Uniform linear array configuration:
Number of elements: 16
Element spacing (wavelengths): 1
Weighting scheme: uniform
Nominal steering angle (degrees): -45
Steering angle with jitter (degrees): -45.296
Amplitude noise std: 0.05
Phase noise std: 0.05

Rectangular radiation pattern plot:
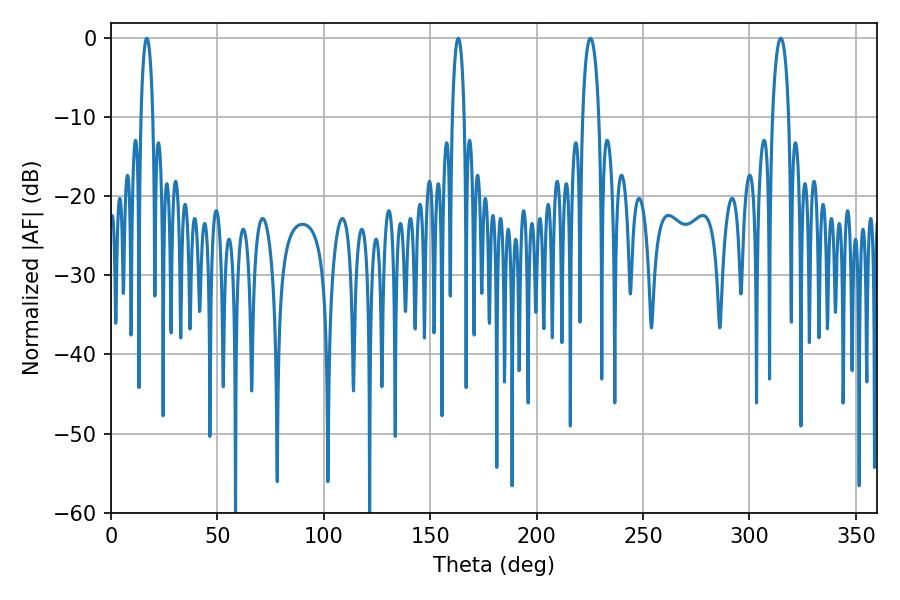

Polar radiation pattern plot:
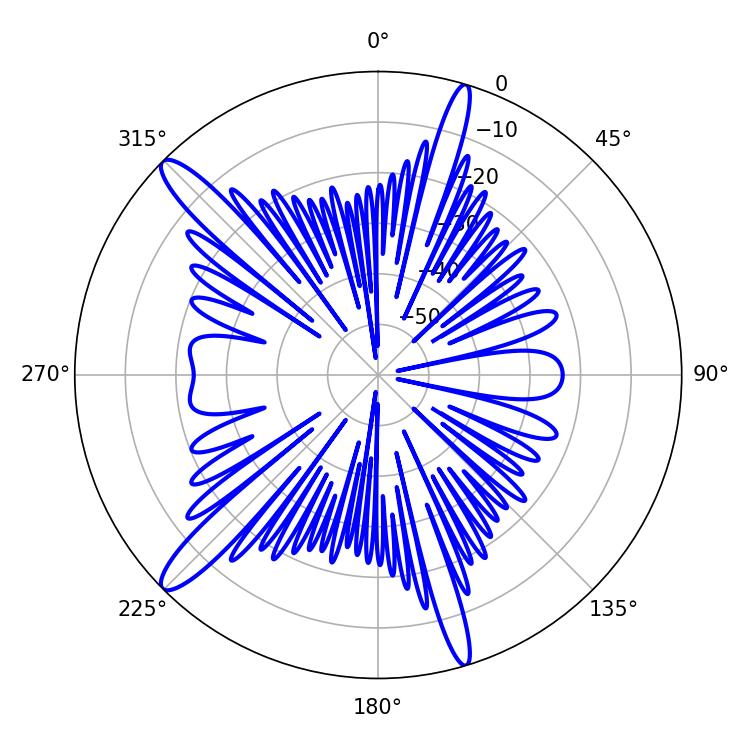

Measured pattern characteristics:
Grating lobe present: TRUE
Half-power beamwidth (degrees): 4.32
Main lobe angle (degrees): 225.36